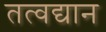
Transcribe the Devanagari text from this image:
तत्वद्यान